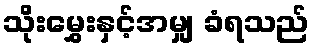
သိုးမွှေးနှင့်အမျှ ခံရသည်